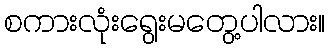
စကားလုံးရွေးမတွေ့ပါလား။